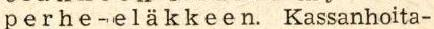
p e r h e - e l ä k k e e n. Kassanhoita-